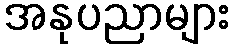
အနုပညာများ